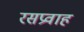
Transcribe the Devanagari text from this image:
रसप्रवाह